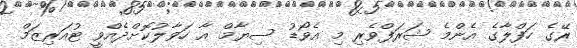
ރޭގެ ހަފްލާގެ އެންމެ ޝަރަފްވެރި މި އެވޯޑު ސިޔާމް އާ ހަވާލުކޮށްދެއްވީ ޓުއަރިޒަމް